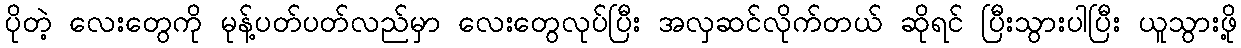
ပိုတဲ့ လေးတွေကို မုန့်ပတ်ပတ်လည်မှာ လေးတွေလုပ်ပြီး အလှဆင်လိုက်တယ် ဆိုရင် ပြီးသွားပါပြီး ယူသွားဖို့